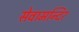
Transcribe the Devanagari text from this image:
सेवामन्दिर